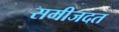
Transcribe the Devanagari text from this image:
समीजदत